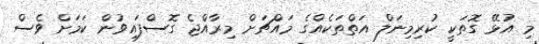
މި އުޅޭ ގޮތަކީ ކުރިމިނަލް އަތްތަކެއްގެ މައްޗަށް މިރާއްޖެ ގޮސްފައިވުން ކަމަށް ވެސް